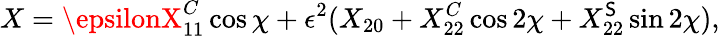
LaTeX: X=\epsilonX_{11}^{C}\cos\chi+\epsilon^{2}(X_{20}+X_{22}^{C}\cos2\chi+X_{22}^{\mathsf{S}}\sin2\chi),